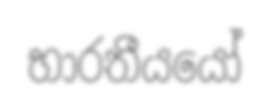
භාරතීයයෝ